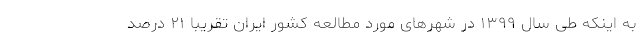
به اینکه طی سال ۱۳۹۹ در شهرهای مورد مطالعه کشور ایران تقریبا ۲۱ درصد